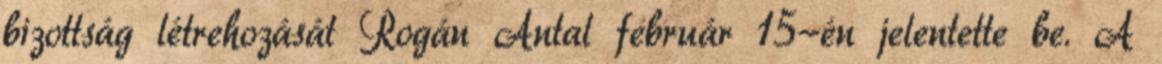
bizottság létrehozását Rogán Antal február 15-én jelentette be. A